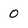
Character: 0